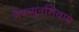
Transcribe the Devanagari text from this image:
नेपच्यूनशिवाय